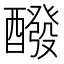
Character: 醱